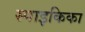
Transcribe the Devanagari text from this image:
स्पाइकिका